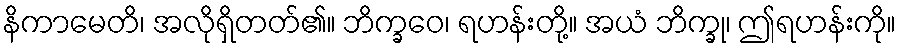
နိကာမေတိ၊ အလိုရှိတတ်၏။ ဘိက္ခဝေ၊ ရဟန်းတို့။ အယံ ဘိက္ခု၊ ဤရဟန်းကို။